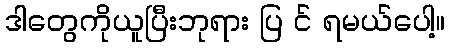
ဒါတွေကိုယူပြီးဘုရား ပြ င် ရမယ်ပေါ့။